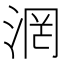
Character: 𣶈